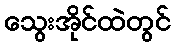
သွေးအိုင်ထဲတွင်